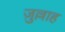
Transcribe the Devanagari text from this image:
ज़ुल्लाह